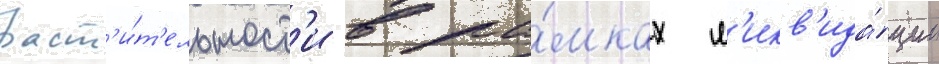
раст'и́т'ельност'и в ра́мках л'икв'ида́ции